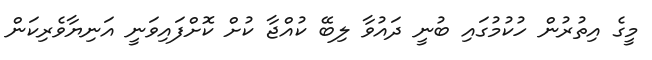
މީގެ އިތުރުން ހުކުމުގައި ބުނީ ދައުވާ ލިބޭ ކުއްޖާ ކުށް ކޮށްފައިވަނީ އަނިޔާވެރިކަން